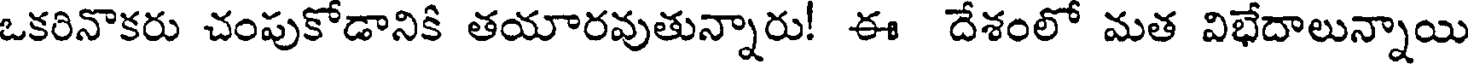
ఒకరినొకరు చంపుకోడానికి తయారవుతున్నారు! ఈ దేశంలో మత విభేదాలున్నాయి